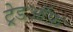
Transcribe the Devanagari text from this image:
ट्रेडऑफ़